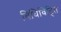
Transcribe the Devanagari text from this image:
विधिविहित